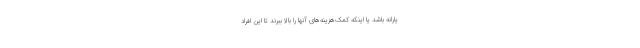
یارانه باشد یا اینکه کمک‌هزینه‌های آنها را بالا ببرند تا این افراد